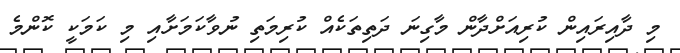
މި ދާއިރައިން ކުރިއަށްދާން މާގިނަ ދަތިތަކެއް ކުރިމަތި ނުވާކަމަށާއި މި ކަމަކީ ކޮންމެ